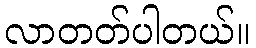
လာတတ်ပါတယ်။